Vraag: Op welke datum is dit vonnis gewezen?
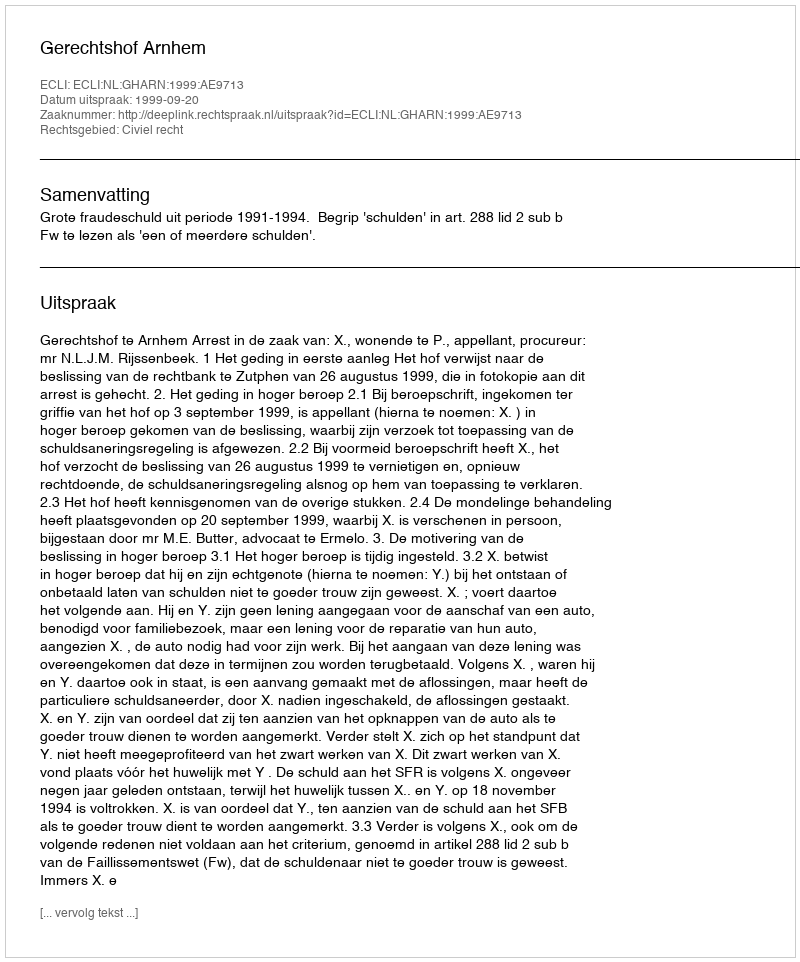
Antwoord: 1999-09-20